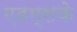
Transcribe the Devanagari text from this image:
एडम्सके